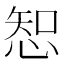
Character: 𢜔